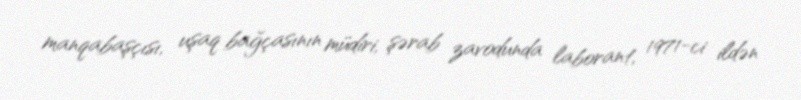
manqabaşçısı, uşaq bağçasının müdiri, şərab zavodunda laborant, 1971-ci ildən